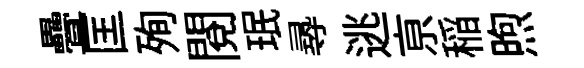
疊匡殉閱珉𡬶逃亰稲煦